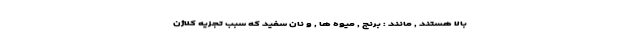
بالا هستند , مانند : برنج , میوه ها , و نان سفید که سبب تجزیه کلاژن